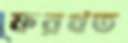
ফরখত